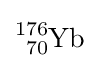
{\ce {^{176}_{70}Yb}}